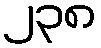
၂၃၈